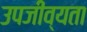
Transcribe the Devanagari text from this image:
उपजीव्यता